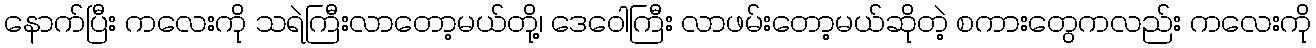
နောက်ပြီး ကလေးကို သရဲကြီးလာတော့မယ်တို့၊ ဒေဝေါကြီး လာဖမ်းတော့မယ်ဆိုတဲ့ စကားတွေကလည်း ကလေးကို